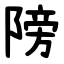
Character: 䧛